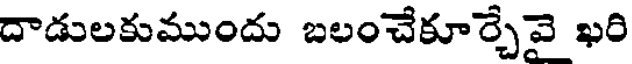
దాడులకుముందు బలంచేకూర్చేవై ఖరి